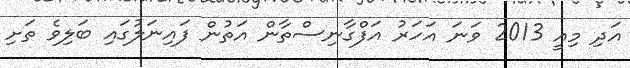
އަދި މިއީ 2013 ވަނަ އަހަރު އަފްގާނިސްތާން އަތުން ފައިނަލުގައި ބަލިވެ ތަށި